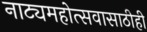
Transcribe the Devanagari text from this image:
नाट्यमहोत्सवासाठीही